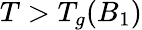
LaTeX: T>T_{g}(B_{1})